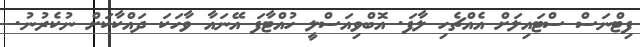
ފިޓްނަސް ސްޓައިލަށް އެއްޗެހި ލާފަ. އޮބްވިއަސްލީ ހުއްޓާފަ އޭނައާ ވާހަކަ ދައްކާކަށް ނުކެރުނު.